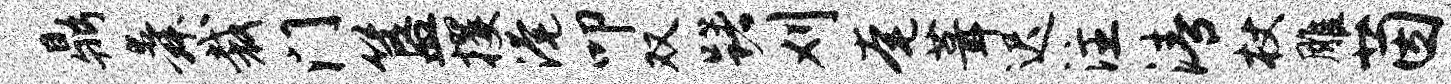
鼎舜裁门簋攫淹叩双躇刈奄葺迟注清杖雕茵